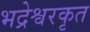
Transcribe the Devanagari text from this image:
भद्रेश्वरकृत